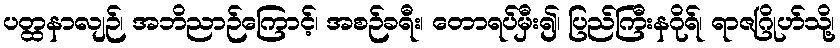
ပတ္ထနာလျဉ်၊ အဘိညာဉ်ကြောင့်၊ အစဉ်ခရီး၊ တောရပ်မှီး၍၊ ပြည်ကြီးနဂိုရ်၊ ရာဇဂြိုဟ်သို့၊